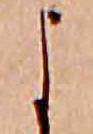
よ